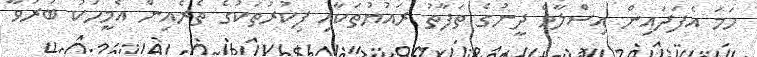
ހަމަ އެފަދައިން އިސްލާމް ދީނުގެ ތަފާތު ރައުޔުތަކާއި ފިކުރުތަކުގެ ތެރެއިން އެމީހަކު ބުރަވާ